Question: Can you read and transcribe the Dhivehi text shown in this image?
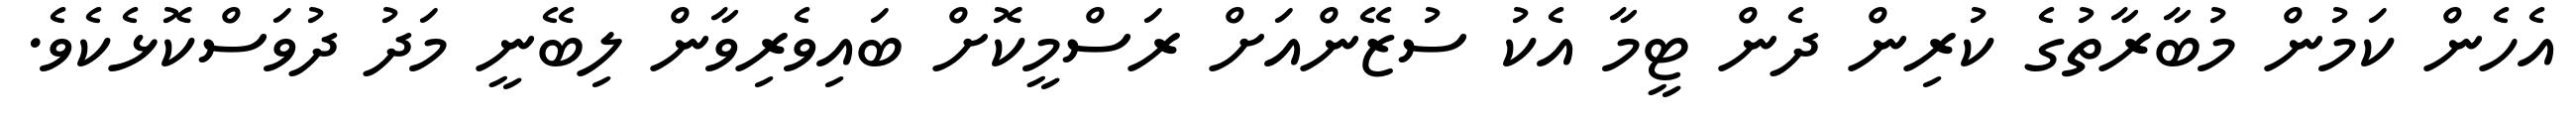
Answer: އެހެން ކަމުން މުބާރާތުގެ ކުރިން ދެން ޓީމާ އެކު ސުޒޭންއަށް ރަސްމީކޮށް ބައިވެރިވާން ލިބޭނީ މަދު ދުވަސްކޮޅެކެވެ.